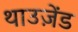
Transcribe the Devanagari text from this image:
थाउज़ेंड